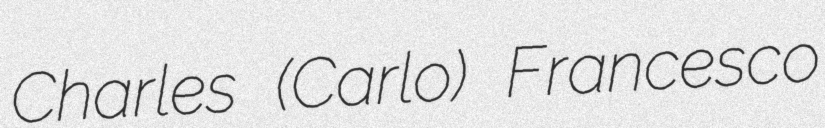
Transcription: Charles (Carlo) Francesco